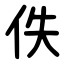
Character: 佚